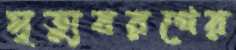
মৃত্যুবরণের